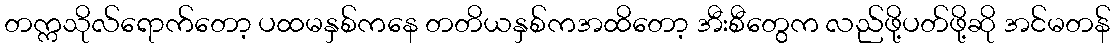
တက္ကသိုလ်ရောက်တော့ ပထမနှစ်ကနေ တတိယနှစ်ကအထိတော့ အီးစီတွေက လည်ဖို့ပတ်ဖို့ဆို အင်မတန်